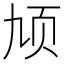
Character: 𬱓